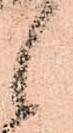
候